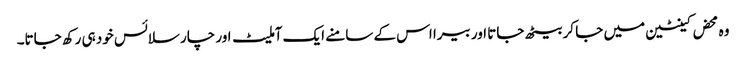
وہ محض کینٹین میں جا کر بیٹھ جاتا اور بیرا اس کے سامنے ایک آملیٹ اور چار سلائس خود ہی رکھ جاتا۔